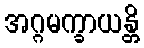
အဂ္ဂမက္ခာယန္တိ